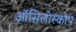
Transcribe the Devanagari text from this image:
ऑसिलोस्कोप